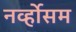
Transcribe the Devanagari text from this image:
नर्व्होसम